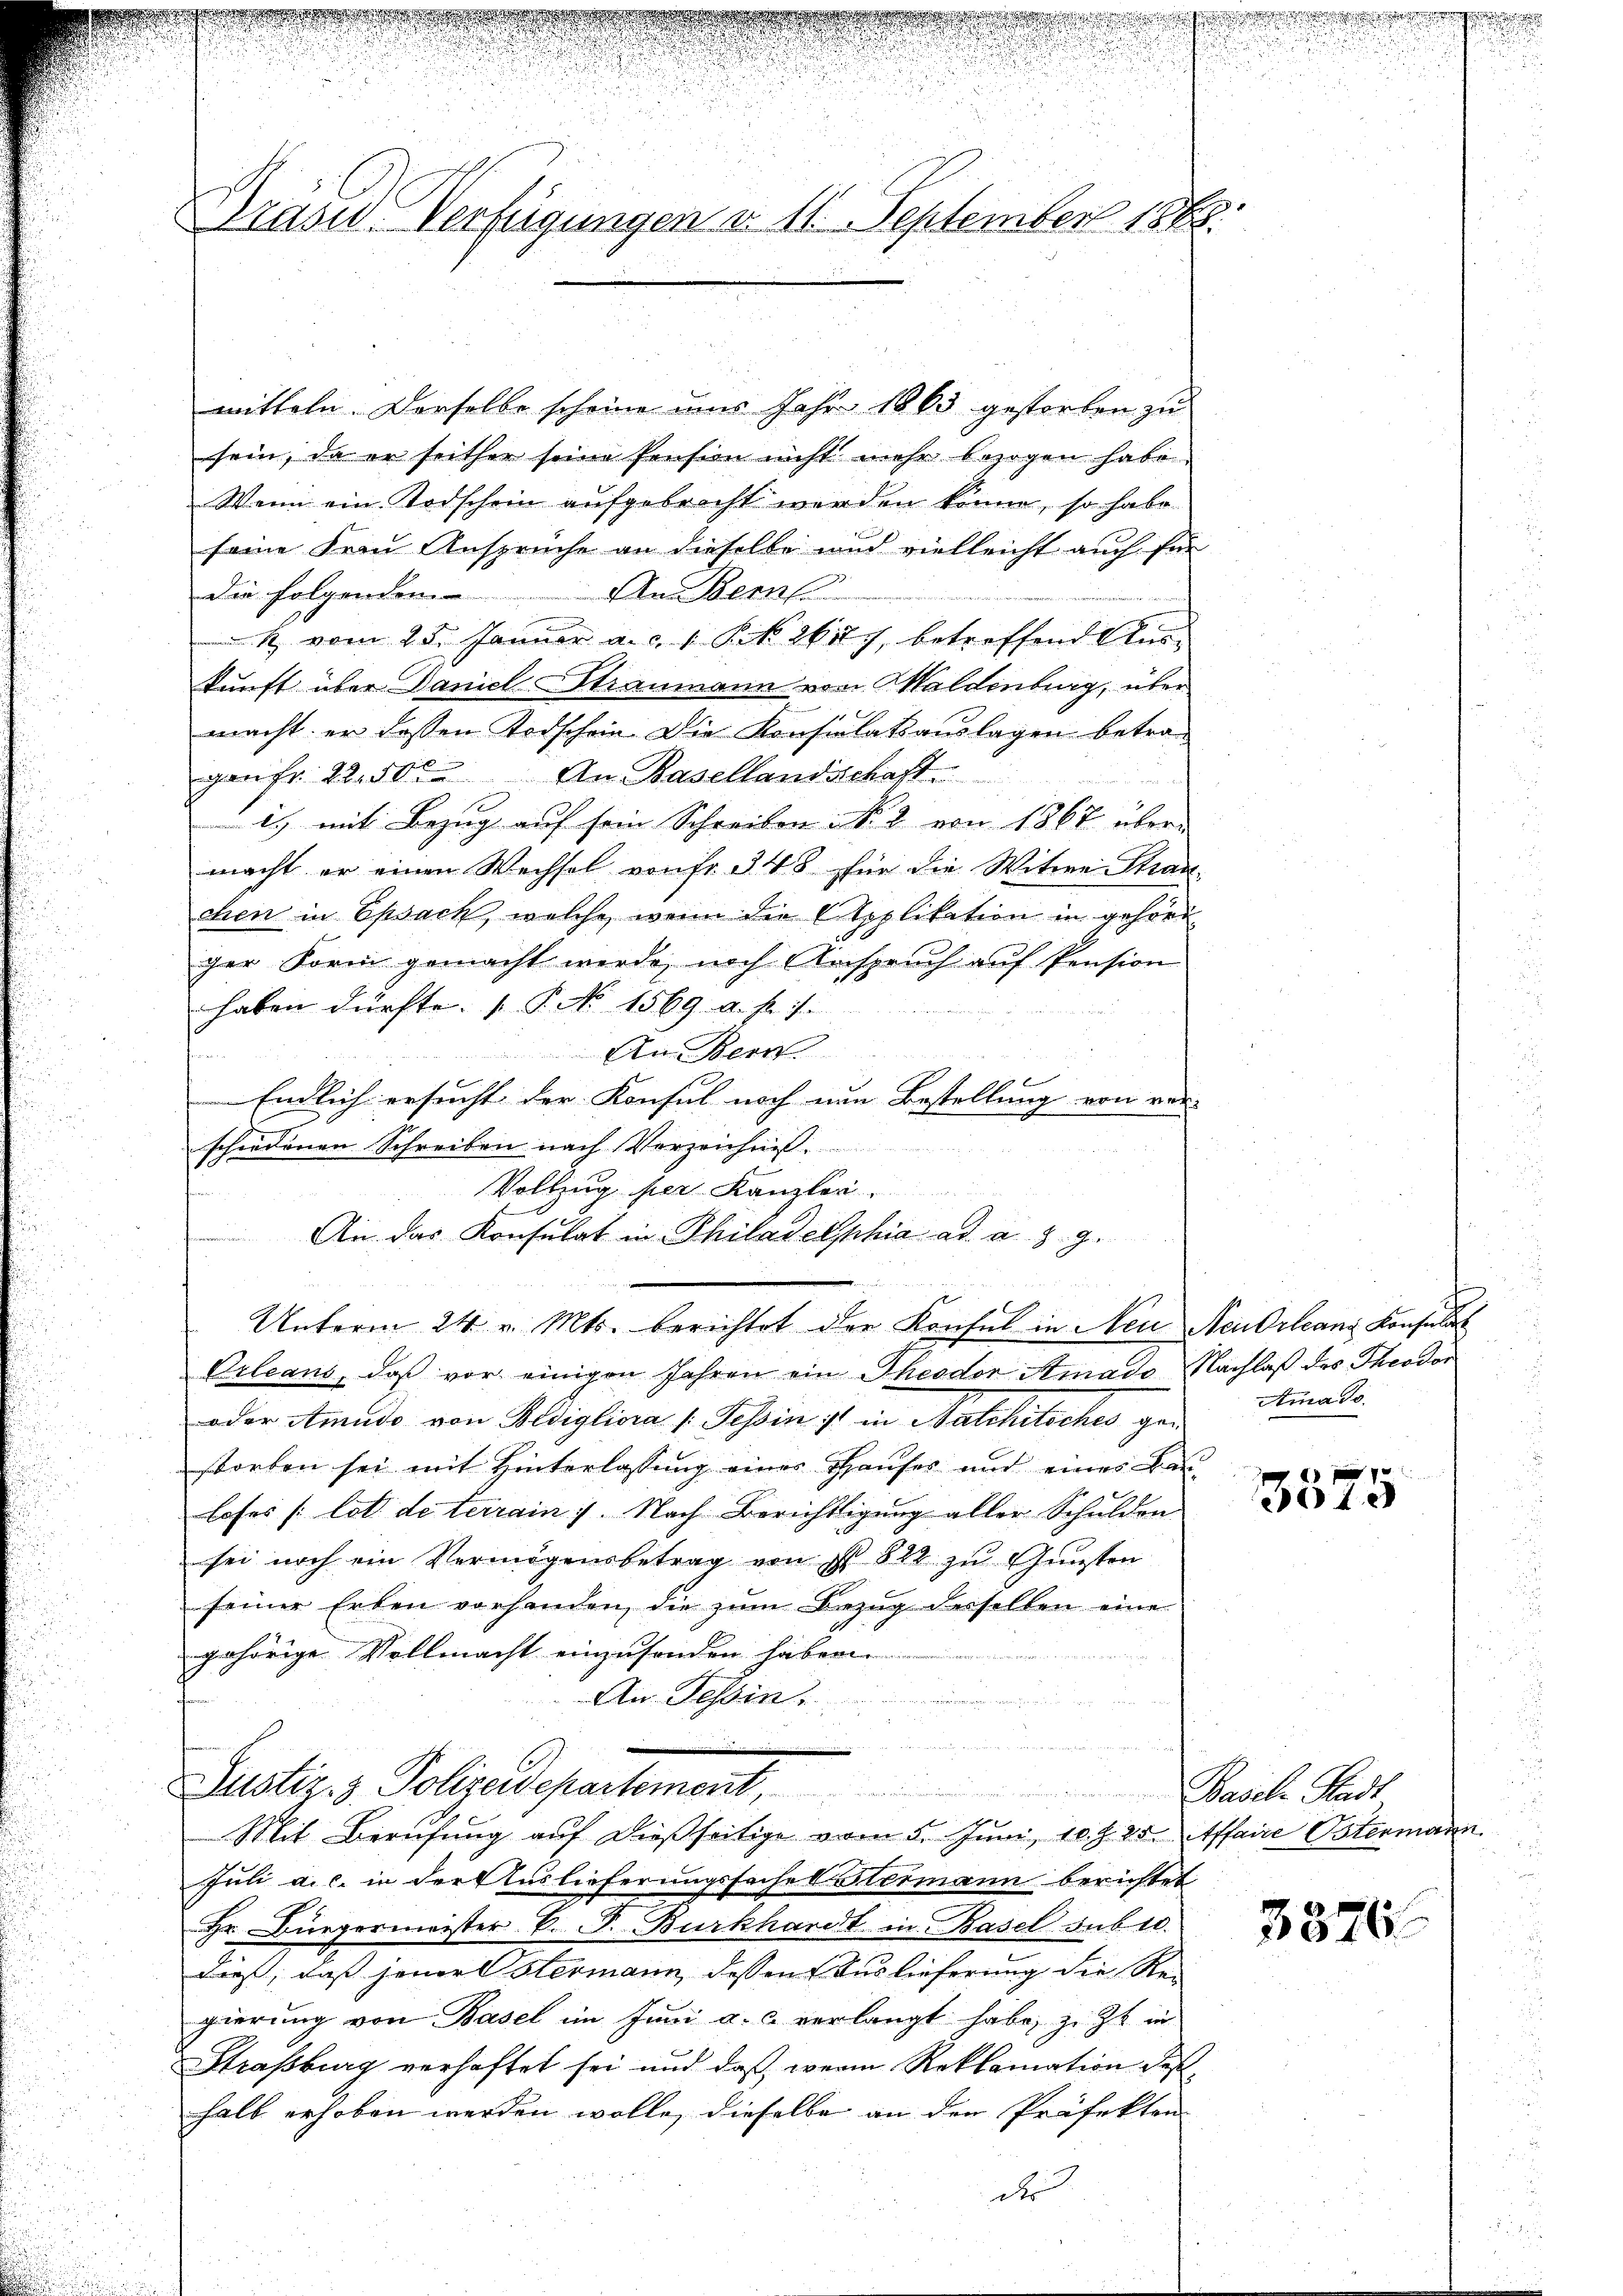
Brasid. Verfügungen d. 11. September 1865.

mitteln. Derselbe scheine am Jahr 1865 gestorben zu
sein, da er seither seine Pension nicht mehr bezogen habe.
Wenn ein Todschein aufgebracht werden könne, so habe
seine Frau Ansprüche an dieselbe mich vielleicht auch für
die folgenden
An Bern
R. vom 25. Januar a. c. 1 S. 2677, betreffend Auskunft über Daniel-Straumann von Maldenburg, über
macht er dessen Todschein Die Konsulatsauslagen betragenfr. 22. 500 An Basellandschaft
2.) mit Bezug auf sein Schreiben No. 2 von 1867 übermacht er einen Wechsel von fr. 348 für die Witwe Stran-
chen in Epsack, welche wenn die Applikation in gehörger Form gemacht werde, noch Anspruch auf Pension
haben dürfte. (T. No 1569. a. f. 7.
An Bern
Endlich ersucht der Konsul noch nun Bestellung von ver-
schiedenen Schreiben nach Verzeichnis.

Vollzug der Kanzler.
An das Konsulat in Philadelphia ad a. a. g.

Unterm 24. v. Mts. berichtet der Konsul in Neu Neu Orleans Konsula
Orleans, daß vor einigen Jahren ein Theodor Amado Nachlaß des Theodor
oder Atmudo von Hedigliora 1. Tessin ist in Natchitsches gestorben sei mit Hinterlassŭng einer Hauses und eines Bau-
loses /: lot de terrain 7. Nach Berichtigung aller Schulden
sei noch ein Vermögensbetrag von § 822 zu Gunsten
seiner Erben vorhanden, die zŭm Bezug derselben eine

gehörige Vollmacht einzusenden haben.
An Tessin
ärung ein
e
Justiz- & Polizeidepartement. Basel Stadt

Mit Berufung auf dießseitige vom 5. Juni 18825. Affaire Ostermann

s

Amaso.

Juli a.c. in der Auslieferungssache Stermann berichtet
Hr. Bürgermeister E. F. Burkhardt in Basel sub 10.
dieß, daß jener Hermann, dessen Auslieferung die Re-
gierung von Basel im Juni a. c. verlangt habe, z. Zt. in
Straßburg verhaftet sei und daß werin Reklamation des
halb erhoben werden wolle, dieselbe an den Präfekten
de

xxx
3040

3376